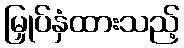
မြှုပ်နှံထားသည့်